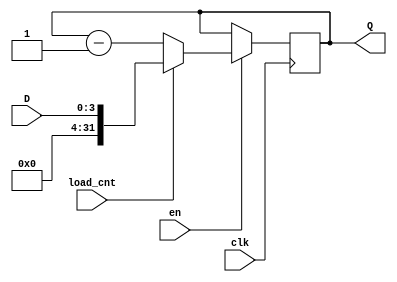
`timescale 1ns / 1ps

module CNT(
    input [3:0] D,
    input load_cnt, en, clk,
    output reg [31:0] Q
    );
    
always @ (posedge clk) begin
    if (en) begin
        if (load_cnt)
            Q <= D;
        else
            Q <= Q - 1;
    end else 
        Q <= Q;
end
    
endmodule


//// Testbench code
//module CNT_tb;

//reg [3:0] D;
//reg load_cnt, en, clk;
//wire [31:0] Q;

//initial begin 
//    clk = 0;
//    D = 4'b0000;
//    load_cnt = 1'b0;
//    en = 1'b0;
    
//    #5 load_cnt = 1'b1; en = 1'b1; D = 4'b0111;
//    #5 load_cnt = 1'b0; 
//    #60 en = 1'b0; $finish;
//end

//always begin
//    #5 clk = !clk;
//end

//CNT CNT_UT (
//.D(D),
//.load_cnt(load_cnt),
//.en(en),
//.clk(clk),
//.Q(Q)
//);

//endmodule